Vaccination in Bombay 1913-1923 - 1913-1923
Year: 1913
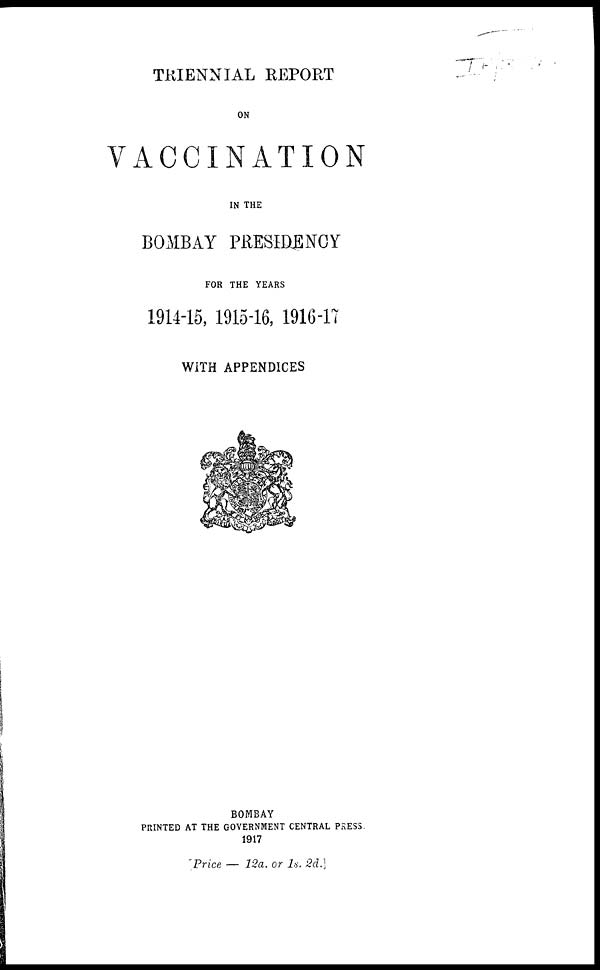
TRIENNIAL REPORT
ON
VACCINATION
IN THE
BOMBAY PRESIDENCY
FOR THE YEARS
1914-15, 1915-16, 1916-17
WITH APPENDICES
BOMBAY
PRINTED AT THE GOVERNMENT CENTRAL PRESS.
1917
Price — 12a. or 1s. 2d.]